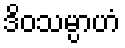
ဒိဝသမ္ပာဟံ